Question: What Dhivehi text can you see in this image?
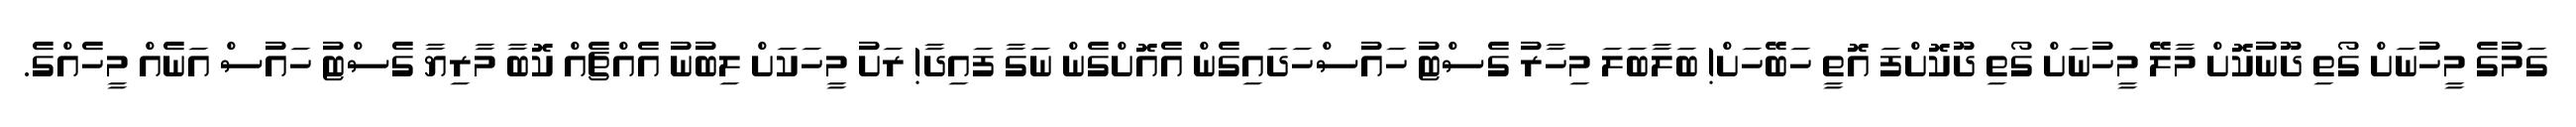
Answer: ގަމުގެ މީހުނަށް ގޯތި ދޫނުކޮށް މާލޭ މީހުނަށް ގޯތި ދޫކޮށްފަ އޮތީ ހަބޭހަށް! ބަލާބަލަ މިހާރު ގެސްޓު ހައުސްހަދައިގެން އެއޮށްގެން ނަގާ ފައިދާ! ރަށު މީހަކަށް ލިބުނު އެއްޗެއް ކޮބާ މާރިޔާ ގެސްޓު ހައުސް އަނެއް މީހެއްގެ.